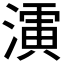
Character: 𱨎